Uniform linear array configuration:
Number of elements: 12
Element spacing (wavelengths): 0.5
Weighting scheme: blackman
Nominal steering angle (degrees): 15
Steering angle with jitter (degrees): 15.603
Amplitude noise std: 0.05
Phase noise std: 0.05

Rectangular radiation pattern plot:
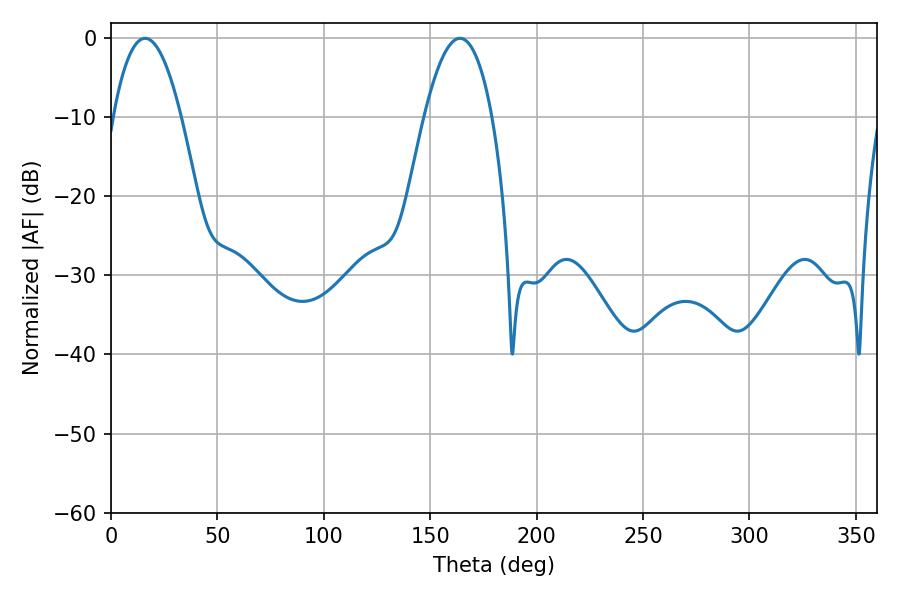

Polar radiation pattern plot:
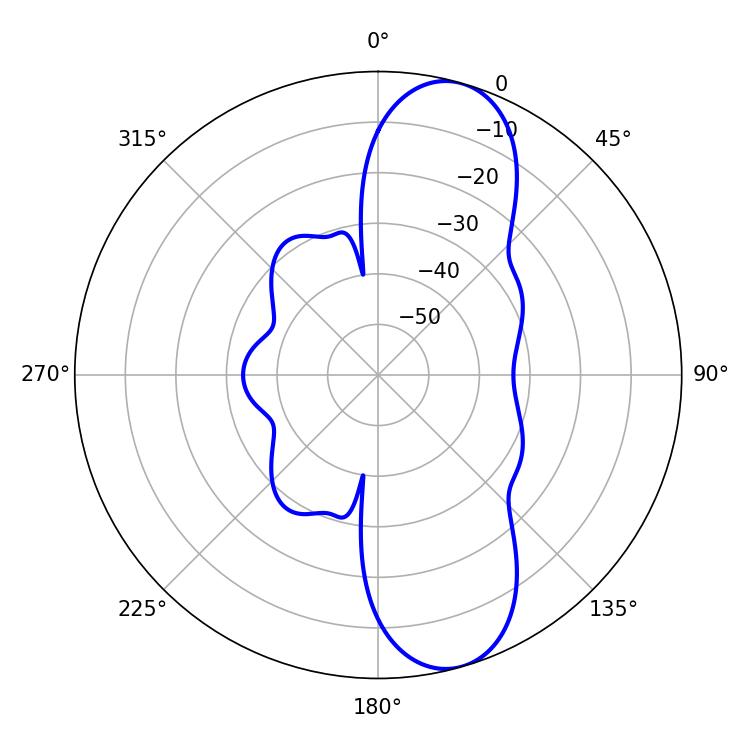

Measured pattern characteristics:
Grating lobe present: FALSE
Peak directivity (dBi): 10.263
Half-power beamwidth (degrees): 17.46
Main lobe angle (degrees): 16.02